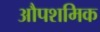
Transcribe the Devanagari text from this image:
औपशमिक